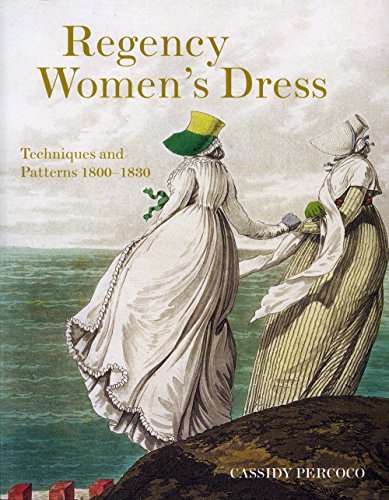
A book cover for Regency Women's Dress: Techniques and Patterns 1800-1830; Cassidy Percoco; Arts & Photography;